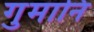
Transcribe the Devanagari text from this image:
गुमानि